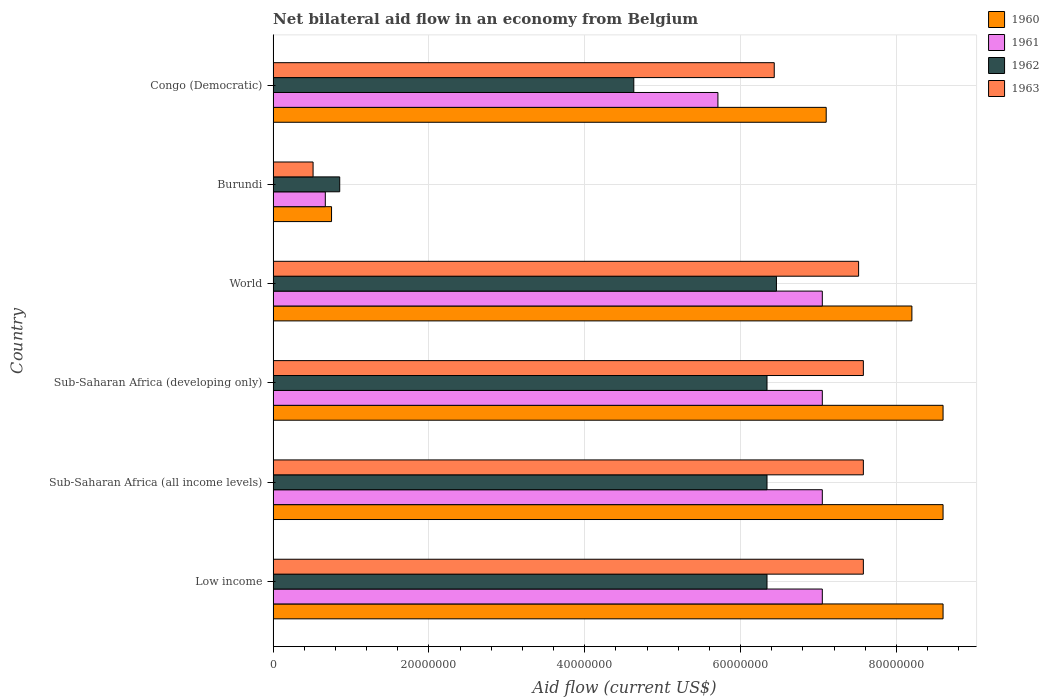
| Country | 1960 | 1961 | 1962 | 1963 |
 | --- | --- | --- | --- | --- |
 | Low income | 8.6e+07 | 7.05e+07 | 6.34e+07 | 7.58e+07 |
 | Sub-Saharan Africa (all income levels) | 8.6e+07 | 7.05e+07 | 6.34e+07 | 7.58e+07 |
 | Sub-Saharan Africa (developing only) | 8.6e+07 | 7.05e+07 | 6.34e+07 | 7.58e+07 |
 | World | 8.2e+07 | 7.05e+07 | 6.46e+07 | 7.52e+07 |
 | Burundi | 7.5e+06 | 6.7e+06 | 8.55e+06 | 5.13e+06 |
 | Congo (Democratic) | 7.1e+07 | 5.71e+07 | 4.63e+07 | 6.43e+07 |